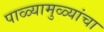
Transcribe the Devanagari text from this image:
पाळ्यामुळ्यांचा